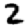
Digit: 2